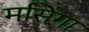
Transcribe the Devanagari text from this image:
मसिंगा